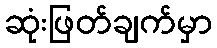
ဆုံးဖြတ်ချက်မှာ